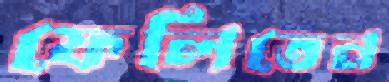
ফেলিতেন